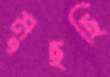
মুছছি